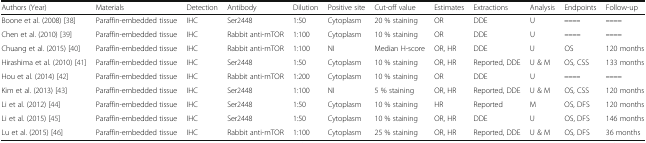
<table><thead><tr><td><b>Authors (Year)</b></td><td><b>Materials</b></td><td><b>Detection</b></td><td><b>Antibody</b></td><td><b>Dilution</b></td><td><b>Positive site</b></td><td><b>Cut-off value</b></td><td><b>Estimates</b></td><td><b>Extractions</b></td><td><b>Analysis</b></td><td><b>Endpoints</b></td><td><b>Follow-up</b></td></tr></thead><tbody><tr><td>Boone et al. (2008) [38]</td><td>Paraffin-embedded tissue</td><td>IHC</td><td>Ser2448</td><td>1:50</td><td>Cytoplasm</td><td>20 % staining</td><td>OR</td><td>DDE</td><td>U</td><td><b>––––</b></td><td><b>––––</b></td></tr><tr><td>Chen et al. (2010) [39]</td><td>Paraffin-embedded tissue</td><td>IHC</td><td>Rabbit anti-mTOR</td><td>1:100</td><td>Cytoplasm</td><td>10 % staining</td><td>OR</td><td>DDE</td><td>U</td><td><b>––––</b></td><td><b>––––</b></td></tr><tr><td>Chuang et al. (2015) [40]</td><td>Paraffin-embedded tissue</td><td>IHC</td><td>Rabbit anti-mTOR</td><td>1:100</td><td>NI</td><td>Median H-score</td><td>OR, HR</td><td>DDE</td><td>U</td><td>OS</td><td>120 months</td></tr><tr><td>Hirashima et al. (2010) [41]</td><td>Paraffin-embedded tissue</td><td>IHC</td><td>Ser2448</td><td>1:50</td><td>Cytoplasm</td><td>10 % staining</td><td>OR, HR</td><td>Reported, DDE</td><td>U &amp; M</td><td>OS, CSS</td><td>133 months</td></tr><tr><td>Hou et al. (2014) [42]</td><td>Paraffin-embedded tissue</td><td>IHC</td><td>Rabbit anti-mTOR</td><td>1:200</td><td>Cytoplasm</td><td>10 % staining</td><td>OR</td><td>DDE</td><td>U</td><td><b>––––</b></td><td><b>––––</b></td></tr><tr><td>Kim et al. (2013) [43]</td><td>Paraffin-embedded tissue</td><td>IHC</td><td>Ser2448</td><td>1:100</td><td>NI</td><td>5 % staining</td><td>OR, HR</td><td>Reported, DDE</td><td>U &amp; M</td><td>OS, CSS</td><td>120 months</td></tr><tr><td>Li et al. (2012) [44]</td><td>Paraffin-embedded tissue</td><td>IHC</td><td>Ser2448</td><td>1:50</td><td>Cytoplasm</td><td>10 % staining</td><td>HR</td><td>Reported</td><td>M</td><td>OS, DFS</td><td>120 months</td></tr><tr><td>Li et al. (2015) [45]</td><td>Paraffin-embedded tissue</td><td>IHC</td><td>Ser2448</td><td>1:50</td><td>Cytoplasm</td><td>10 % staining</td><td>OR, HR</td><td>DDE</td><td>U</td><td>OS, DFS</td><td>146 months</td></tr><tr><td>Lu et al. (2015) [46]</td><td>Paraffin-embedded tissue</td><td>IHC</td><td>Rabbit anti-mTOR</td><td>1:100</td><td>Cytoplasm</td><td>25 % staining</td><td>OR, HR</td><td>Reported, DDE</td><td>U &amp; M</td><td>OS, DFS</td><td>36 months</td></tr></tbody></table>